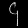
Digit: ၄